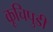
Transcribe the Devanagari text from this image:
कूचिपुडी